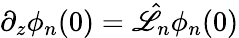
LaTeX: \partial_{z}\phi_{n}(0)=\hat{\mathscr{L}}_{n}\phi_{n}(0)